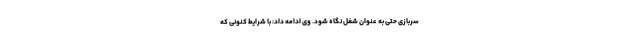
سربازی حتی به عنوان شغل نگاه شود. وی ادامه داد: با شرایط کنونی که